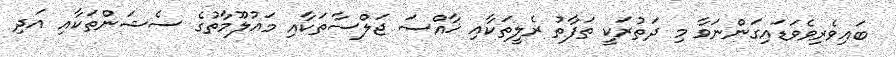
ބައިވެރިވެވަޑައިގަންނަވާ މި ދަތުރަކީ ތަފާތު ރެލީތަކާއި ޚާއްސަ ޖަލްސާތަކާއި މައުލޫމާތުގެ ސެޝަންތަކާއި އަދި